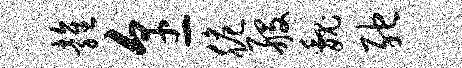
雍烹脆般魏弛